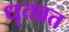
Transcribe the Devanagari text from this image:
धृतव्रत